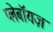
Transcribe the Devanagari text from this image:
प्लेबॉयज़